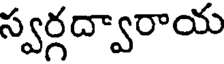
స్వర్గద్వారాయ